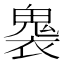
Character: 𮫟